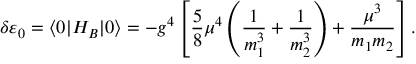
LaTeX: \delta \varepsilon _ { 0 } = \langle 0 | H _ { B } | 0 \rangle = - g ^ { 4 } \left[ { \frac { 5 } { 8 } } \mu ^ { 4 } \left( \frac { 1 } { m _ { 1 } ^ { 3 } } + \frac { 1 } { m _ { 2 } ^ { 3 } } \right) + \frac { \mu ^ { 3 } } { m _ { 1 } m _ { 2 } } \right] .